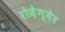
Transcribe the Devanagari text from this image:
रोज़ेग्येर